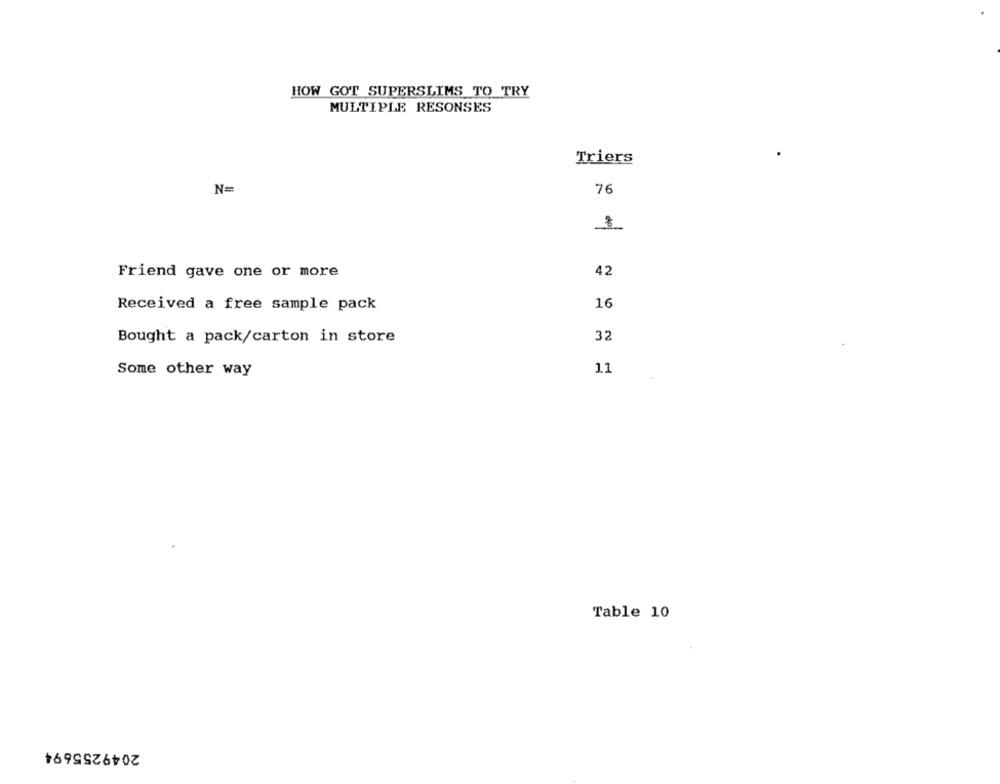
HOW GOT SUPERSLIMS TO TRY
MULTIPLE RESONSES
Triers
N=
76
8
Friend gave one or more
42
Received a free sample pack
16
32
Bought a pack/carton in store
11
Some other way
Table 10
2049255694